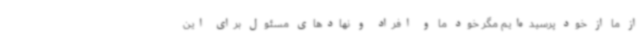
از ما از خود پرسیده‌ایم مگر خود ما و افراد و نهادهای مسئول برای این